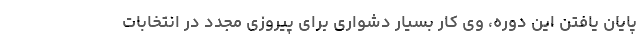
پایان یافتن این دوره، وی کار بسیار دشواری برای پیروزی مجدد در انتخابات